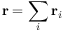
\mathbf { r } = \sum _ { i } \mathbf { r } _ { i }